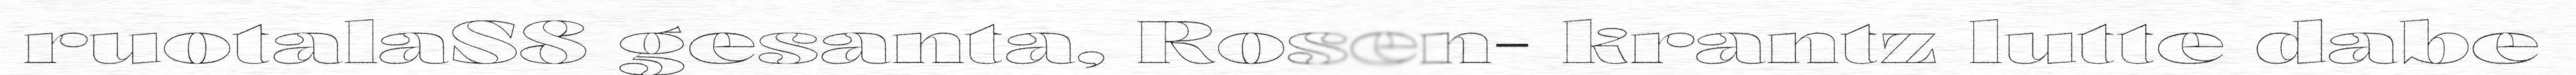
ruotalaS8 gesanta, Rosen- krantz lutte dabe